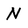
Character: N